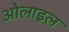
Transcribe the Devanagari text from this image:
ओलाइल